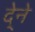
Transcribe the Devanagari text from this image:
दे्ने